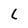
Character: L